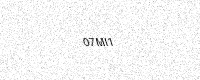
Text: 07MI1